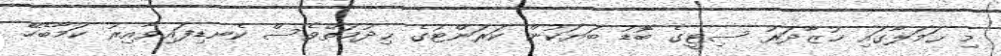
މި ޙަމަލާގައި ޚުޒާދަރު ސިޓީގެ ބޮޑު ބަޔަކުން ކަރަންޓުގެ ޙިދުމަތްވެސް ކެނޑިފައިވާއިރު ކަމާބެހޭ